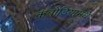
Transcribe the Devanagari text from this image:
कंबोडियामधे